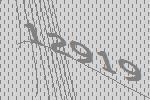
12919